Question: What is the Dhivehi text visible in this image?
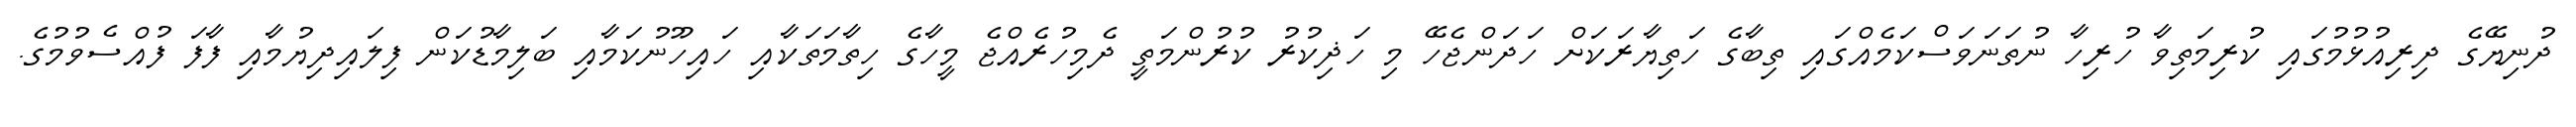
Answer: ދުނިޔޭގެ ދިރިއުޅުމުގައި ކުރިމަތިވާ ހުރިހާ ނުތަނަވަސްކަމެއްގައި ތިބާގެ ހަތިޔާރަކަށް ހަދަންޖެހޭ މި ހަޛިކުރު ކުރުންމަތީ ދެމިހުރެއްޖެ މީހާގެ ހިތާމަތަކާއި ހައިހޫނުކަމާއި ބަލިމާޑުކަން ފިލައިދިޔުމާއި ފާފަ ފުއްސެވުމުގެ.